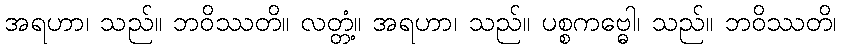
အရဟာ၊ သည်။ ဘဝိဿတိ။ လတ္တံ့။ အရဟာ၊ သည်။ ပစ္စကဗ္ဓေါ၊ သည်။ ဘဝိဿတိ၊